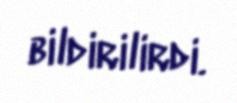
bildirilirdi.